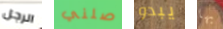
الرجل صلني يبدو بها